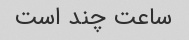
ساعت چند است